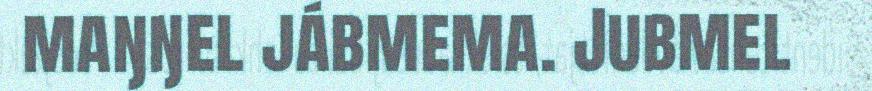
maŋŋel jábmema. Jubmel